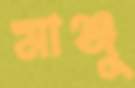
মাঞ্জু